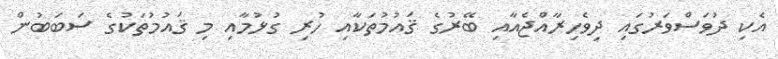
އެކި ދުވަސްވަރުގައި ދިވެހިރާއްޖެއާއި ބޭރުގެ ޤައުމުތަކާއި ހުރި ގުޅުމާއި މި ޤައުމުތަކުގެ ސަބަބުން